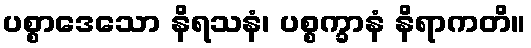
ပစ္စာဒေသော နိရသနံ၊ ပစ္စက္ခာနံ နိရာကတိ။